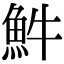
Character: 𩵠